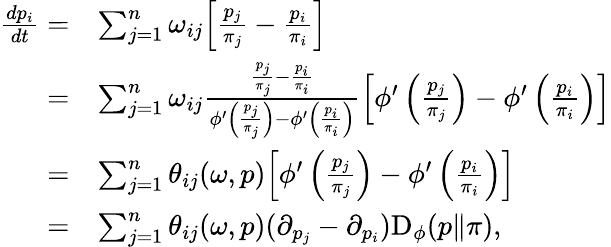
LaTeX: \begin{array}{rl}{\frac{dp_{i}}{dt}=}&{\sum_{j=1}^{n}\omega_{ij}\Big[\frac{p_{j}}{\pi_{j}}-\frac{p_{i}}{\pi_{i}}\Big]}\\ {=}&{\sum_{j=1}^{n}\omega_{ij}\frac{\frac{p_{j}}{\pi_{j}}-\frac{p_{i}}{\pi_{i}}}{\phi^{\prime}\left(\frac{p_{j}}{\pi_{j}}\right)-\phi^{\prime}\left(\frac{p_{i}}{\pi_{i}}\right)}\Big[\phi^{\prime}\left(\frac{p_{j}}{\pi_{j}}\right)-\phi^{\prime}\left(\frac{p_{i}}{\pi_{i}}\right)\Big]}\\ {=}&{\sum_{j=1}^{n}\theta_{ij}(\omega,p)\Big[\phi^{\prime}\left(\frac{p_{j}}{\pi_{j}}\right)-\phi^{\prime}\left(\frac{p_{i}}{\pi_{i}}\right)\Big]}\\ {=}&{\sum_{j=1}^{n}\theta_{ij}(\omega,p)(\partial_{p_{j}}-\partial_{p_{i}})\mathrm{D}_{\phi}(p\| \pi),}\end{array}